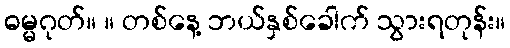
ဓမ္မဂုတ်။ ။ တစ်နေ့ ဘယ်နှစ်ခေါက် သွားရတုန်း။